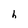
Character: h